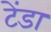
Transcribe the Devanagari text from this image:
टेंडा